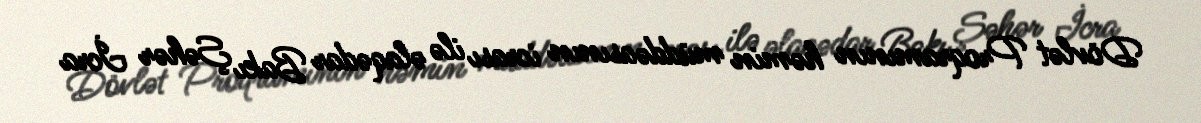
Dövlət Proqramının həmin müddəasının icrası ilə əlaqədar Bakı Şəhər İcra